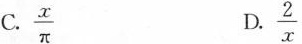
C.\frac{x}{\pi} D.\frac{2}{x}